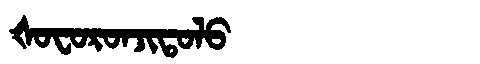
Manchu: ᡧᠣᠸᠣᡵᠣᠨᠵᡳᡨᠣᠯᠣ
Romanization: ŠOFORONJITOLO